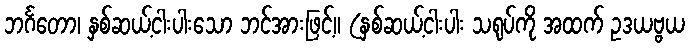
ဘင်္ဂတော၊ နှစ်ဆယ့်ငါးပါးသော ဘင်အားဖြင့်။ (နှစ်ဆယ့်ငါးပါး သရုပ်ကို အထက် ဥဒယဗ္ဗယ